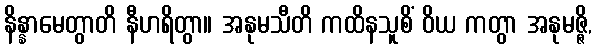
နိန္နာမေတွာတိ နီဟရိတွာ။ အနုမသီတိ ကထိနသူစိံ ဝိယ ကတွာ အနုမဇ္ဇိ,